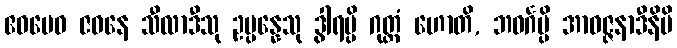
ဧဝမေဝ ဇဝနေ သီလာဒီသု ဥပ္ပန္နေသု ဒွါရမ္ပိ ဂုတ္တံ ဟောတိ, ဘဝင်္ဂမ္ပိ အာဝဇ္ဇနာဒီနိပိ